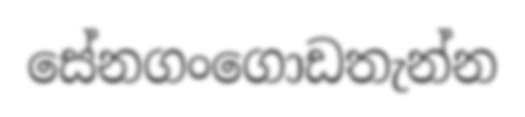
සේනගංගොඩතැන්න